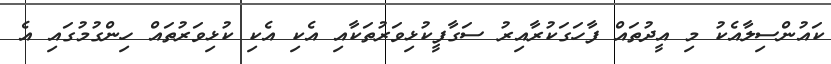
ކައުންސިލާއެކު މި އީދުތައް ފާހަގަކުރާއިރު ސަގާފީކުޅިވަރުތަކާއި އެކި އެކި ކުޅިވަރުތައް ހިންގުމުގައި އެ